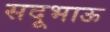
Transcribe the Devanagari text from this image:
सदूभाऊ